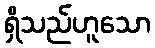
ရှိသည်ဟူသော